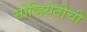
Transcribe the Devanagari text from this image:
सोव्हियेतीची